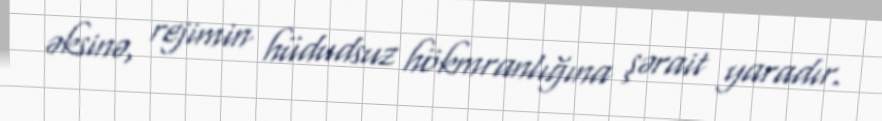
əksinə, rejimin hüdudsuz hökmranlığına şərait yaradır.